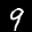
Label: 9